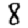
Digit: 8